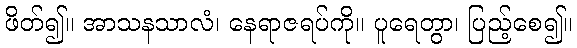
ဖိတ်၍။ အာသနသာလံ၊ နေရာဇရပ်ကို။ ပူရေတွာ၊ ပြည့်စေ၍။